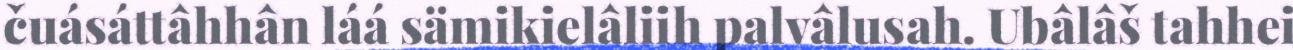
čuásáttâhhân láá sämikielâliih palvâlusah. Ubâlâš tahhei